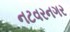
નટવરનગર